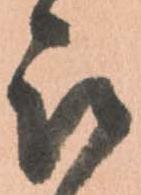
被